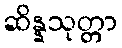
ဆိန္နသုတ္တာ